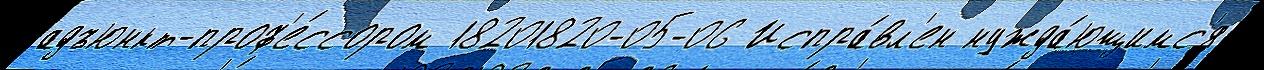
адъюнкт-проф'е́ссором 18201820-05-06 Испра́вл'ен нужда́ющимс'я